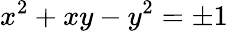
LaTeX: x^{2}+xy-y^{2}=\pm 1